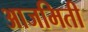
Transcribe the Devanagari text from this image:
आजमिती